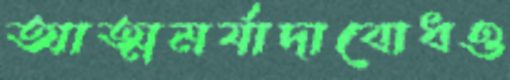
আত্মমর্যাদাবোধও